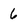
Character: 6